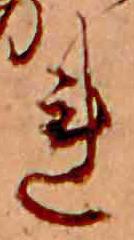
れ